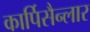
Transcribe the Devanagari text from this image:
कार्पिसैन्लार